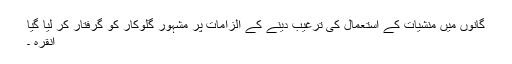
گانوں میں منشیات کے استعمال کی ترغیب دینے کے الزامات پر مشہور گلوکار کو گرفتار کر لیا گیا
انقرہ ۔